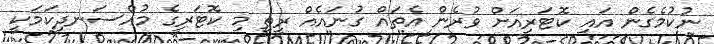
ނުކުމެގެން އައި ކޮޓަރިއަށް ވުރެން އެތައް ގުނައެއް ރީތި މި ކޮޓަރީގެ މުއްސަނދިކަމަކީ